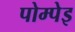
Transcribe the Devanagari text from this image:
पोम्पेइ